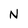
Character: N